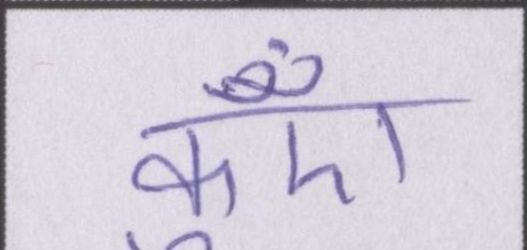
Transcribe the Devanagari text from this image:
कुएँ